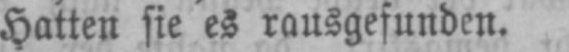
Hatten sie es rausgefunden.